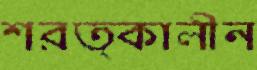
শরত্কালীন